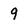
Character: 9